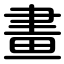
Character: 畫